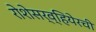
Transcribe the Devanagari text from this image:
रोशेसर्व्हियेरची